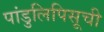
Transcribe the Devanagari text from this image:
पांडुलिपिसूची